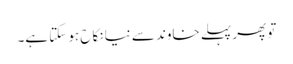
تو پھر پہلے خاوند سے نیا نکاح ہو سکتا ہے۔